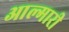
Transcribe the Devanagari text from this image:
आल्मारी